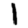
Digit: 1